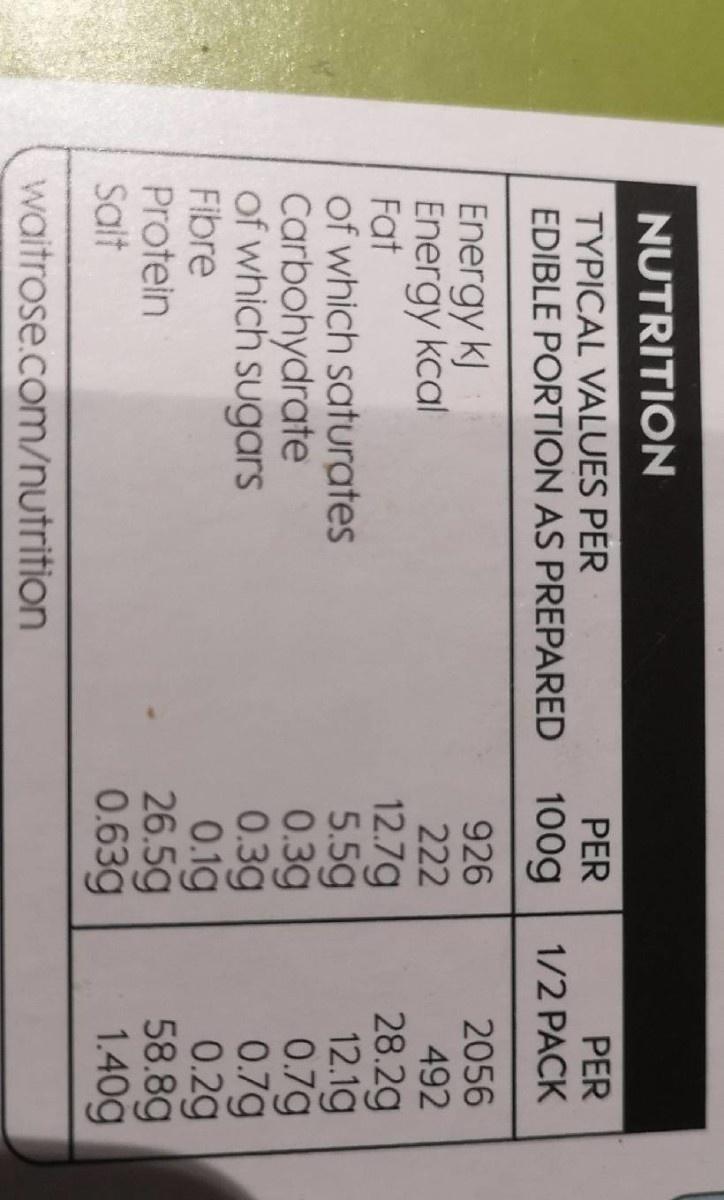
NUTRITION TYPICAL VALUES PER PER PER EDIBLE PORTION AS PREPARED 100g 1/2 PACK 2056 492 Energy kJ Energy kcal Fat of which saturates Carbohydrate of which sugars Fibre Protein Salt 926 222 12.7g 5.5g 0.3g 0.3g 0.1g 26.5g 0.63g 28.2g 12.1g 0.7g 0.7g 0.2g 58.8g 1.40g waitrose.com/nutrition